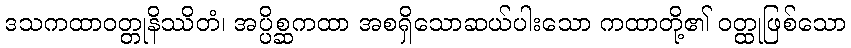
ဒသကထာဝတ္တုနိဿိတံ၊ အပ္ပိစ္ဆကထာ အစရှိသောဆယ်ပါးသော ကထာတို့၏ ဝတ္ထုဖြစ်သော